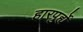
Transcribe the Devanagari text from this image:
हारपुर्ह्ये